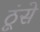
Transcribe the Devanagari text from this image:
ठूंसे